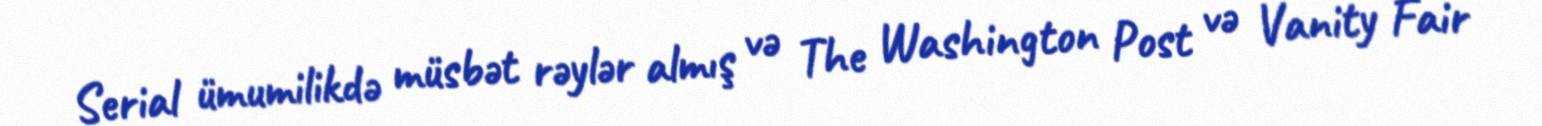
Serial ümumilikdə müsbət rəylər almış və The Washington Post və Vanity Fair